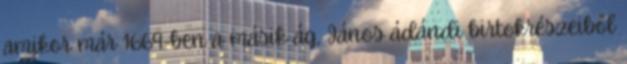
amikor már 1669-ben a másik ág, János ádándi birtokrészeiből